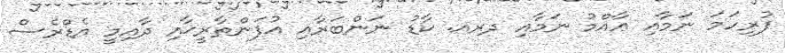
ފުރިހަމަ ނަމާއި ޢާއްމު ނަމާއި ދރއ. ކާޑު ނަންބަރާއި އުފަންތާރީޚާއި ދާއިމީ އެޑްރެސް